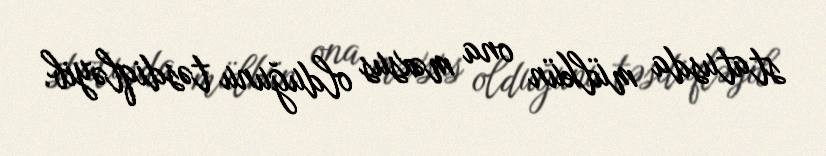
statusda mülkün ona məxsus olduğunu təsdiqləyib.